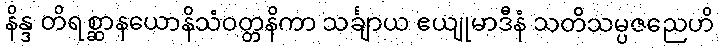
နိန္ဒ တိရစ္ဆာနယောနိသံဝတ္တနိကာ သင်္ချာယ ဧယျုမာဒီနံ သတိသမ္ပဇညေဟိ